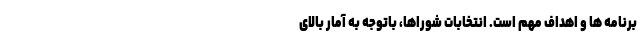
برنامه ها و اهداف مهم است. انتخابات شوراها، باتوجه به آمار بالای